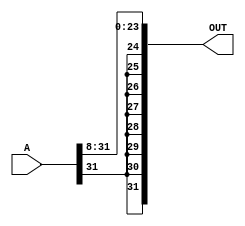
module ArithmeticRightShiftByEight(A, OUT);
input [31:0] A;
output [31:0] OUT;
assign OUT[23:0] = A[31:8];
assign OUT[31:24] = {A[31],A[31],A[31],A[31],A[31],A[31],A[31],A[31]};
endmodule